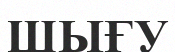
ШЫҒУ